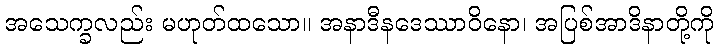
အသေက္ခလည်း မဟုတ်ထသော။ အနာဒီနဒေဿာဝိနော၊ အပြစ်အာဒိနာတို့ကို